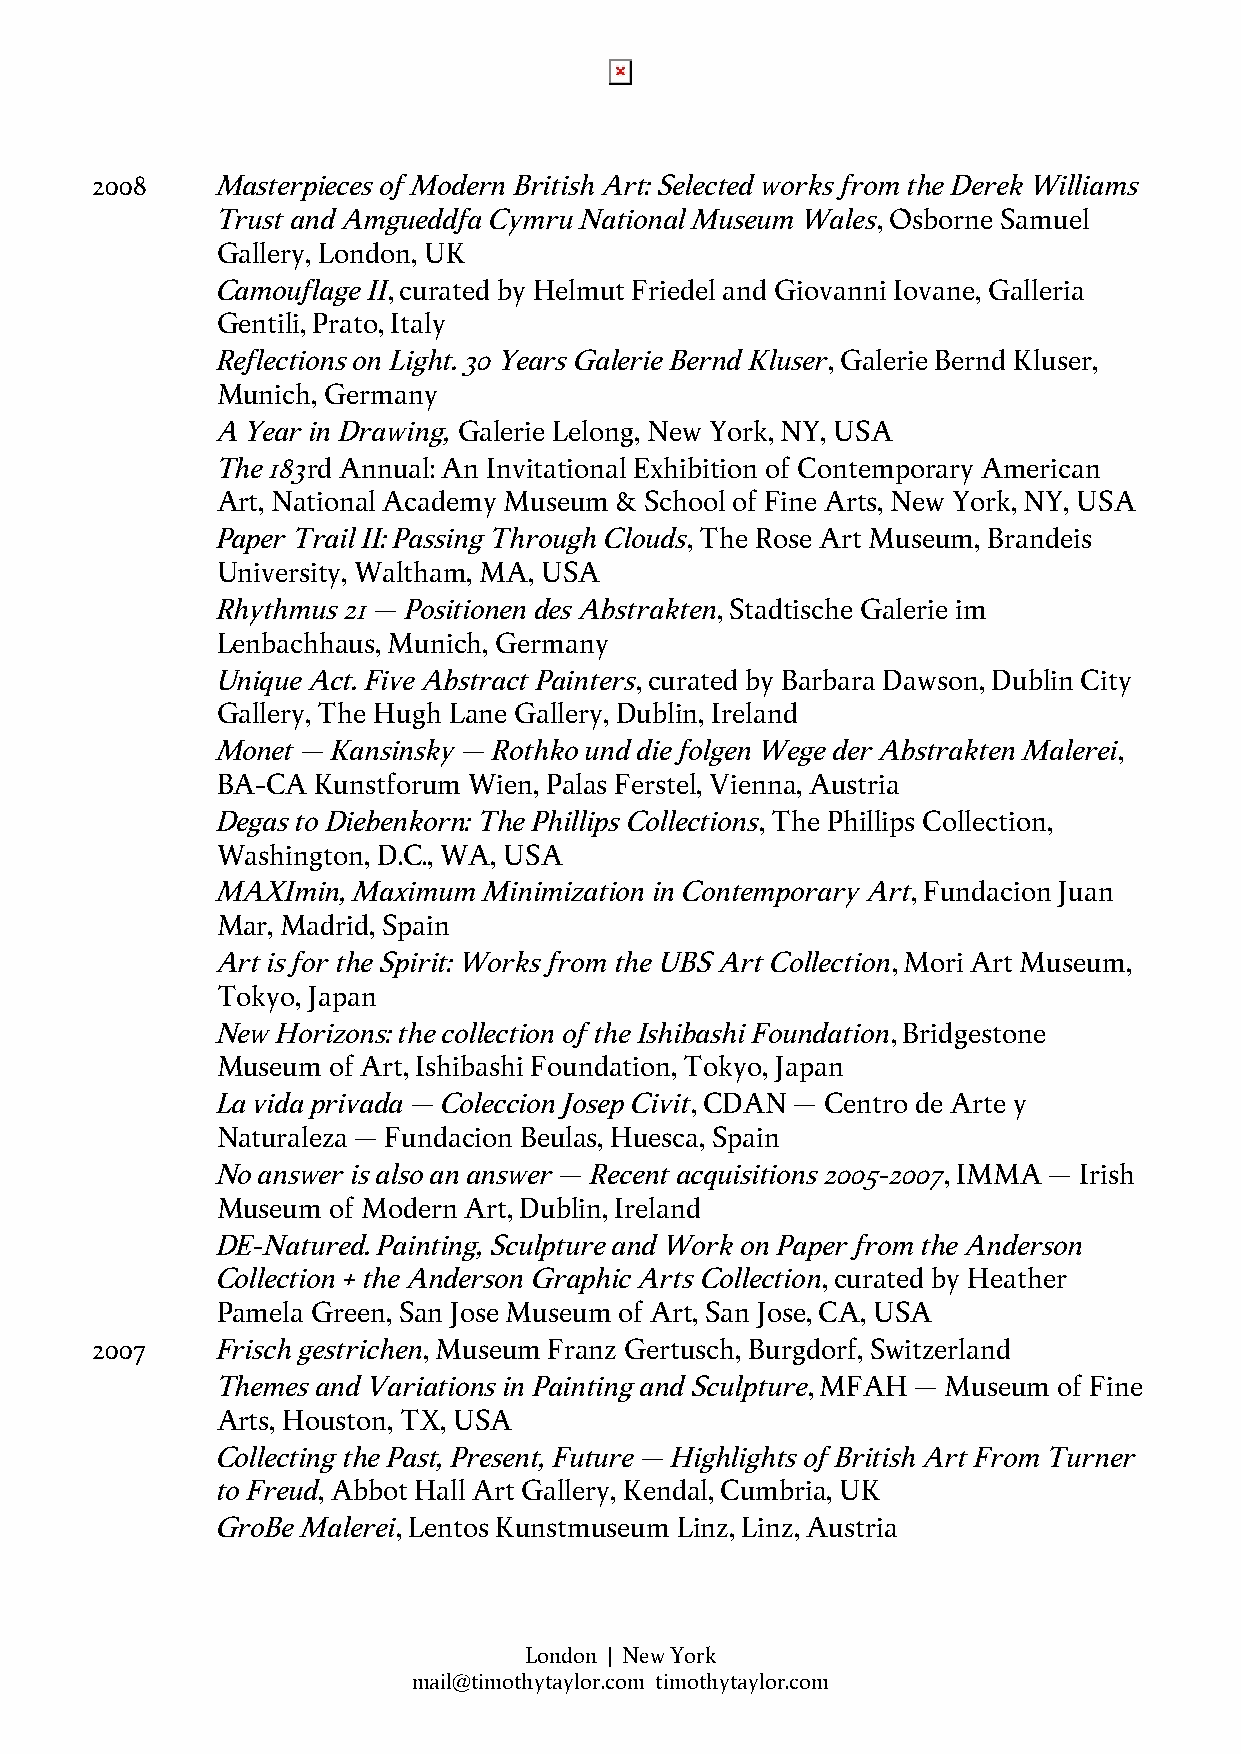
2008    Masterpieces of Modern British Art: Selected works from the Derek Williams
 Trust and Amgueddfa Cymru National Museum Wales, Osborne Samuel
 Gallery, London, UK
 Camouflage II, curated by Helmut Friedel and Giovanni Iovane, Galleria
 Gentili, Prato, Italy
 Reflections on Light. 30 Years Galerie Bernd Kluser, Galerie Bernd Kluser,
 Munich, Germany
 A Year in Drawing, Galerie Lelong, New York, NY, USA
 The 183rd Annual: An Invitational Exhibition of Contemporary American
 Art, National Academy Museum & School of Fine Arts, New York, NY, USA
 Paper Trail II: Passing Through Clouds, The Rose Art Museum, Brandeis
 University, Waltham, MA, USA
 Rhythmus 21 – Positionen des Abstrakten, Stadtische Galerie im
 Lenbachhaus, Munich, Germany
 Unique Act. Five Abstract Painters, curated by Barbara Dawson, Dublin City
 Gallery, The Hugh Lane Gallery, Dublin, Ireland
 Monet – Kansinsky – Rothko und die folgen Wege der Abstrakten Malerei,
 BA-CA  Kunstforum Wien, Palas Ferstel, Vienna, Austria
 Degas to Diebenkorn: The Phillips Collections, The Phillips Collection,
 Washington, D.C., WA, USA
 MAXImin, Maximum  Minimization in Contemporary Art, Fundacion Juan
 Mar, Madrid, Spain
 Art is for the Spirit: Works from the UBS Art Collection, Mori Art Museum,
 Tokyo, Japan
 New Horizons: the collection of the Ishibashi Foundation, Bridgestone
 Museum  of Art, Ishibashi Foundation, Tokyo, Japan
 La vida privada – Coleccion Josep Civit, CDAN – Centro de Arte y
 Naturaleza – Fundacion Beulas, Huesca, Spain
 No answer is also an answer – Recent acquisitions 2005-2007, IMMA – Irish
 Museum  of Modern Art, Dublin, Ireland
 DE-Natured. Painting, Sculpture and Work on Paper from the Anderson
 Collection + the Anderson Graphic Arts Collection, curated by Heather
 Pamela Green, San Jose Museum of Art, San Jose, CA, USA
 2007    Frisch gestrichen, Museum Franz Gertusch, Burgdorf, Switzerland
 Themes and Variations in Painting and Sculpture, MFAH – Museum of Fine
 Arts, Houston, TX, USA
 Collecting the Past, Present, Future – Highlights of British Art From Turner
 to Freud, Abbot Hall Art Gallery, Kendal, Cumbria, UK
 GroBe Malerei, Lentos Kunstmuseum Linz, Linz, Austria
 London | New York
 mail@timothytaylor.com timothytaylor.com